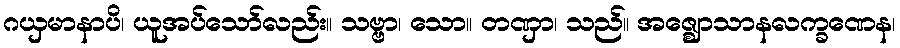
ဂယှမာနာပိ၊ ယူအပ်သော်လည်း။ သဗ္ဗာ၊ သော။ တဏှာ၊ သည်။ အဇ္ဈောသာနလက္ခဏေန၊